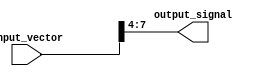
module part_select_continuous_assignment (
    input wire [15:0] input_vector,  // 16-bit input vector
    output wire [3:0] output_signal   // 4-bit output signal
);

// Continuous assignment of a part select from the input_vector
assign output_signal = input_vector[7:4]; // Selecting bits 7 to 4 from input_vector

endmodule